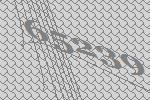
65239